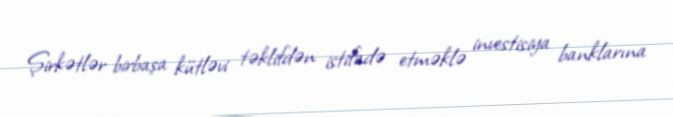
Şirkətlər birbaşa kütləvi təklifdən istifadə etməklə investisiya banklarına